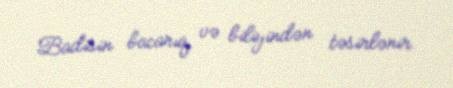
Badisin bacarıq və biliyindən təsirlənir.